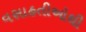
વસાહતીઓથી